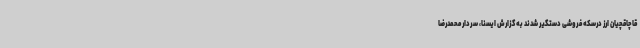
قاچاقچیان ارز درسکه فروشی دستگیر شدند به گزارش ایسنا، سردار محمدرضا